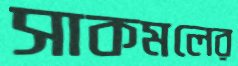
সাকমলের